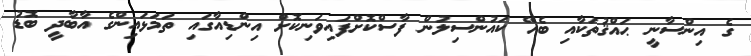
ގެ އިންސާނީ ޙައްޤުތަކާއި ބެހޭ ކައުންސިލުން ފާސްކޮށްފައިވަނިކޮށް އިންޑިއާގައި ތަމަޅައިންގެ އާބާދީ ބޮޑު